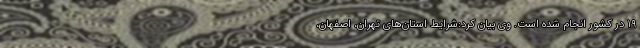
۱۹ در کشور انجام شده است. وی بیان کرد:شرایط استان‌های تهران، اصفهان،